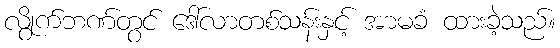
လွိုက်ဘဏ်တွင် ဒေါ်လာတစ်သန်းနှင့် အာမခံ ထားခဲ့သည်။